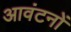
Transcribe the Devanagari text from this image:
आवंटनों